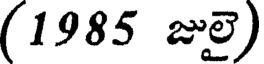
(1985 జులై)